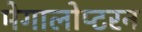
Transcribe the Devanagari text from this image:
मेगालोप्टरन